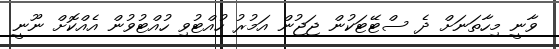
ވާނީ މިހާތަނަށް ދެ ސްޓޭޓަކުން ޖަޖުން އަމުރު ހުއްޓުވި ހުއްޓުވުން އެއްކޮށް ނޫނީ